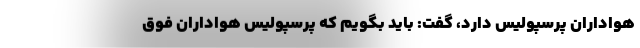
هواداران پرسپولیس دارد، گفت: باید بگویم که پرسپولیس هواداران فوق